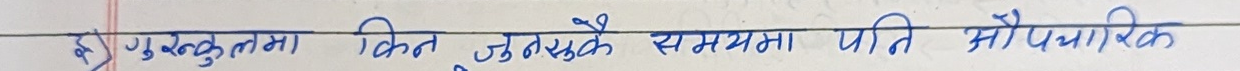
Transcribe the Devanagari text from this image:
ह) गुरुङकुलमा कित जुनसुकै समसामयिक पनि औपचारिक